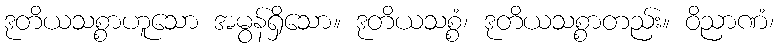
ဒုတိယသစ္စာဟူသော အမွန်ရှိသော။ ဒုတိယသစ္စံ၊ ဒုတိယသစ္စာတည်း။ ဝိညာဏံ၊